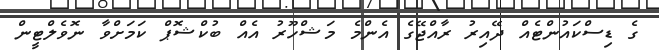
ގެ ޑިސްކައުންޓެއް ދޭއިރު ރާއްޖޭގެ އެންމެ މަޝްހޫރު އެއް ބުކްޝޮޕް ކަމަށްވާ ނޮވެލްޓީން